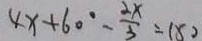
4 x + 6 0 ^ { \circ } - \frac { 2 x } { 3 } = 1 5 0